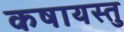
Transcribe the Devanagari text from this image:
कषायस्तु